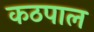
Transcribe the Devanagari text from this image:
कठपाल